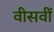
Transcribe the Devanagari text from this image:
वीसवीं